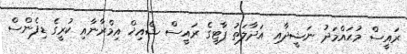
ރައީސް މުޙައްމަދު ނަޝީދާއި އަދާލަތު ޕާޓީގެ ރައީސް ޝެއިޚް އިމްރާނާއި ކުރީގެ ޑިފެންސް